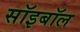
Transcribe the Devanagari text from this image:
सॉइबॉल